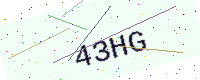
Text: 43HG